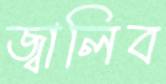
জ্বালিব